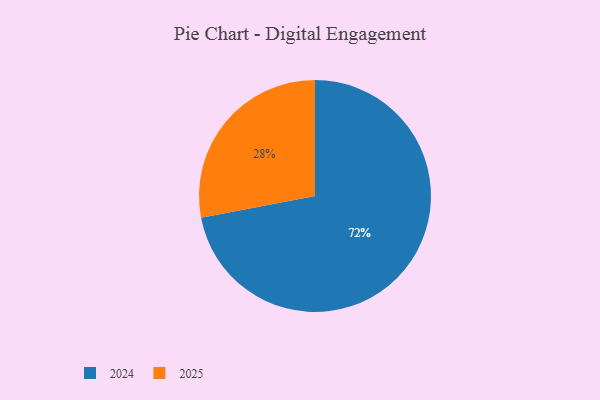
{"axis": {"x": "Category", "y": "Percentage"}, "legend": ["2024", "2025"], "data": [{"x": "2024", "y": 72, "type": "2024"}, {"x": "2025", "y": 28, "type": "2025"}]}